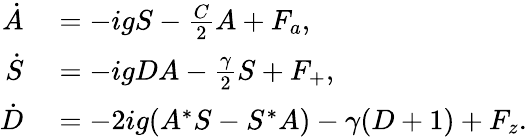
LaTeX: \begin{array}{rl}{\dot{A}}&{{}=-igS-\frac{C}{2}A+F_{a},}\\ {\dot{S}}&{{}=-igDA-\frac{\gamma}{2}S+F_{+},}\\ {\dot{D}}&{{}=-2ig(A^{*}S-S^{*}A)-\gamma(D+1)+F_{z}.}\end{array}